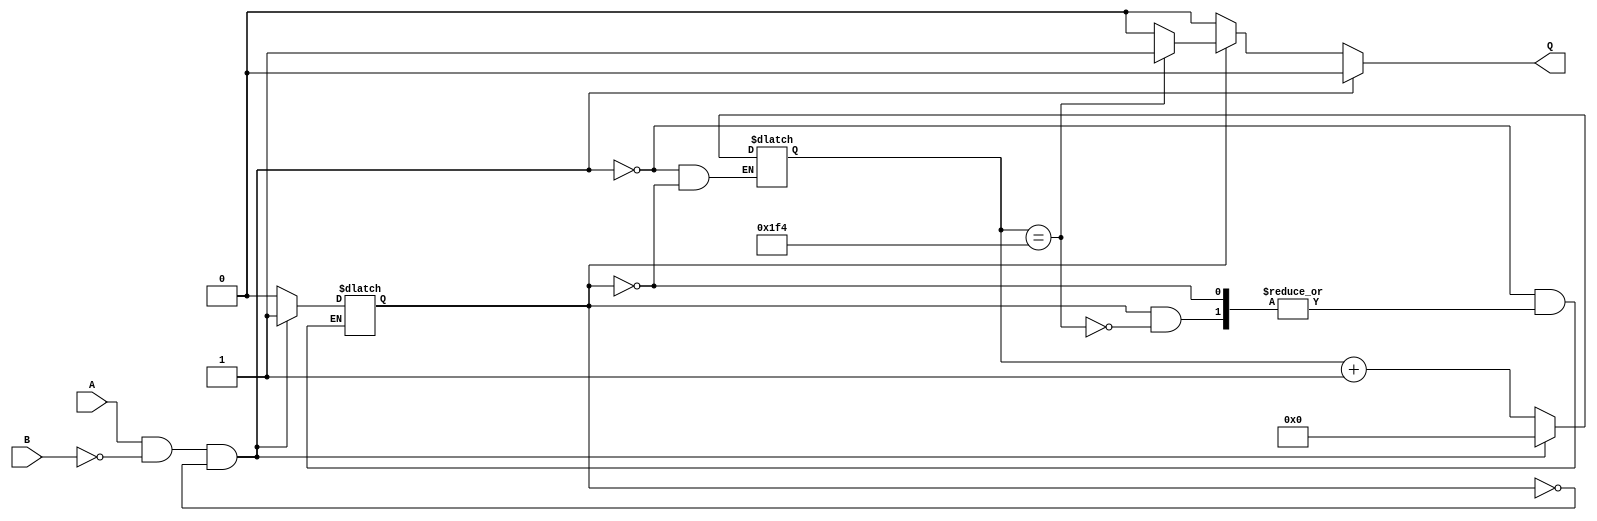
module x74121(
    input wire A,     //  A
    input wire B,     //  B
    output reg Q      //  Q
);
  
  reg [15:0] count;   // 16
  reg triggered;      // 
  reg pulse;          // 

  always @(A, B) begin
    if (A == 1'b1 && B == 1'b0 && !triggered) begin
      triggered <= 1'b1;       // 
      count <= 16'b0;          // 
      Q <= 1'b0;               // 
    end else if (triggered) begin
      count <= count + 1;      // 
      if (count == 16'd500) begin
        triggered <= 1'b0;     // 
        Q <= 1'b1;             // 
      end else begin
        Q <= 1'b0;             // 
      end
    end else begin
      Q <= 1'b0;               // 0
    end
  end
  
endmodule